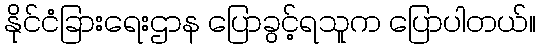
နိုင်ငံခြားရေးဌာန ပြောခွင့်ရသူက ပြောပါတယ်။